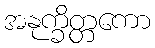
အနုက္ခိတ္တကော